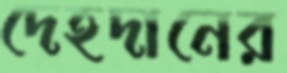
দেহদানের